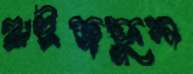
হাইজফুল